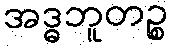
အဒ္ဓဘူတဉ္စ